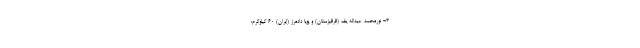
۳- نورمحمد عبداله یف (قرقیزستان) و پویا دادمرز (ایران) ۶۰ کیلوگرم: